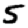
Digit: 5